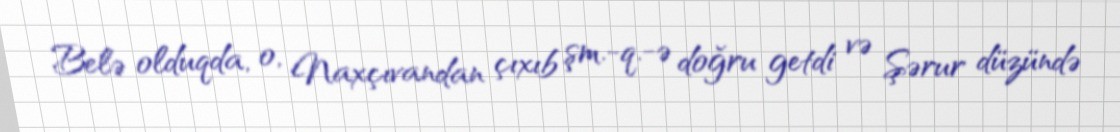
Belə olduqda, o, Naxçıvandan çıxıb şm.-q.-ə doğru getdi və Şərur düzündə